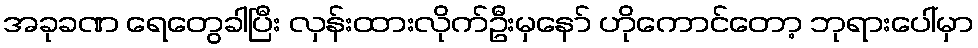
အခုခဏ ရေတွေခါပြီး လှန်းထားလိုက်ဦးမှနော် ဟိုကောင်တော့ ဘုရားပေါ်မှာ